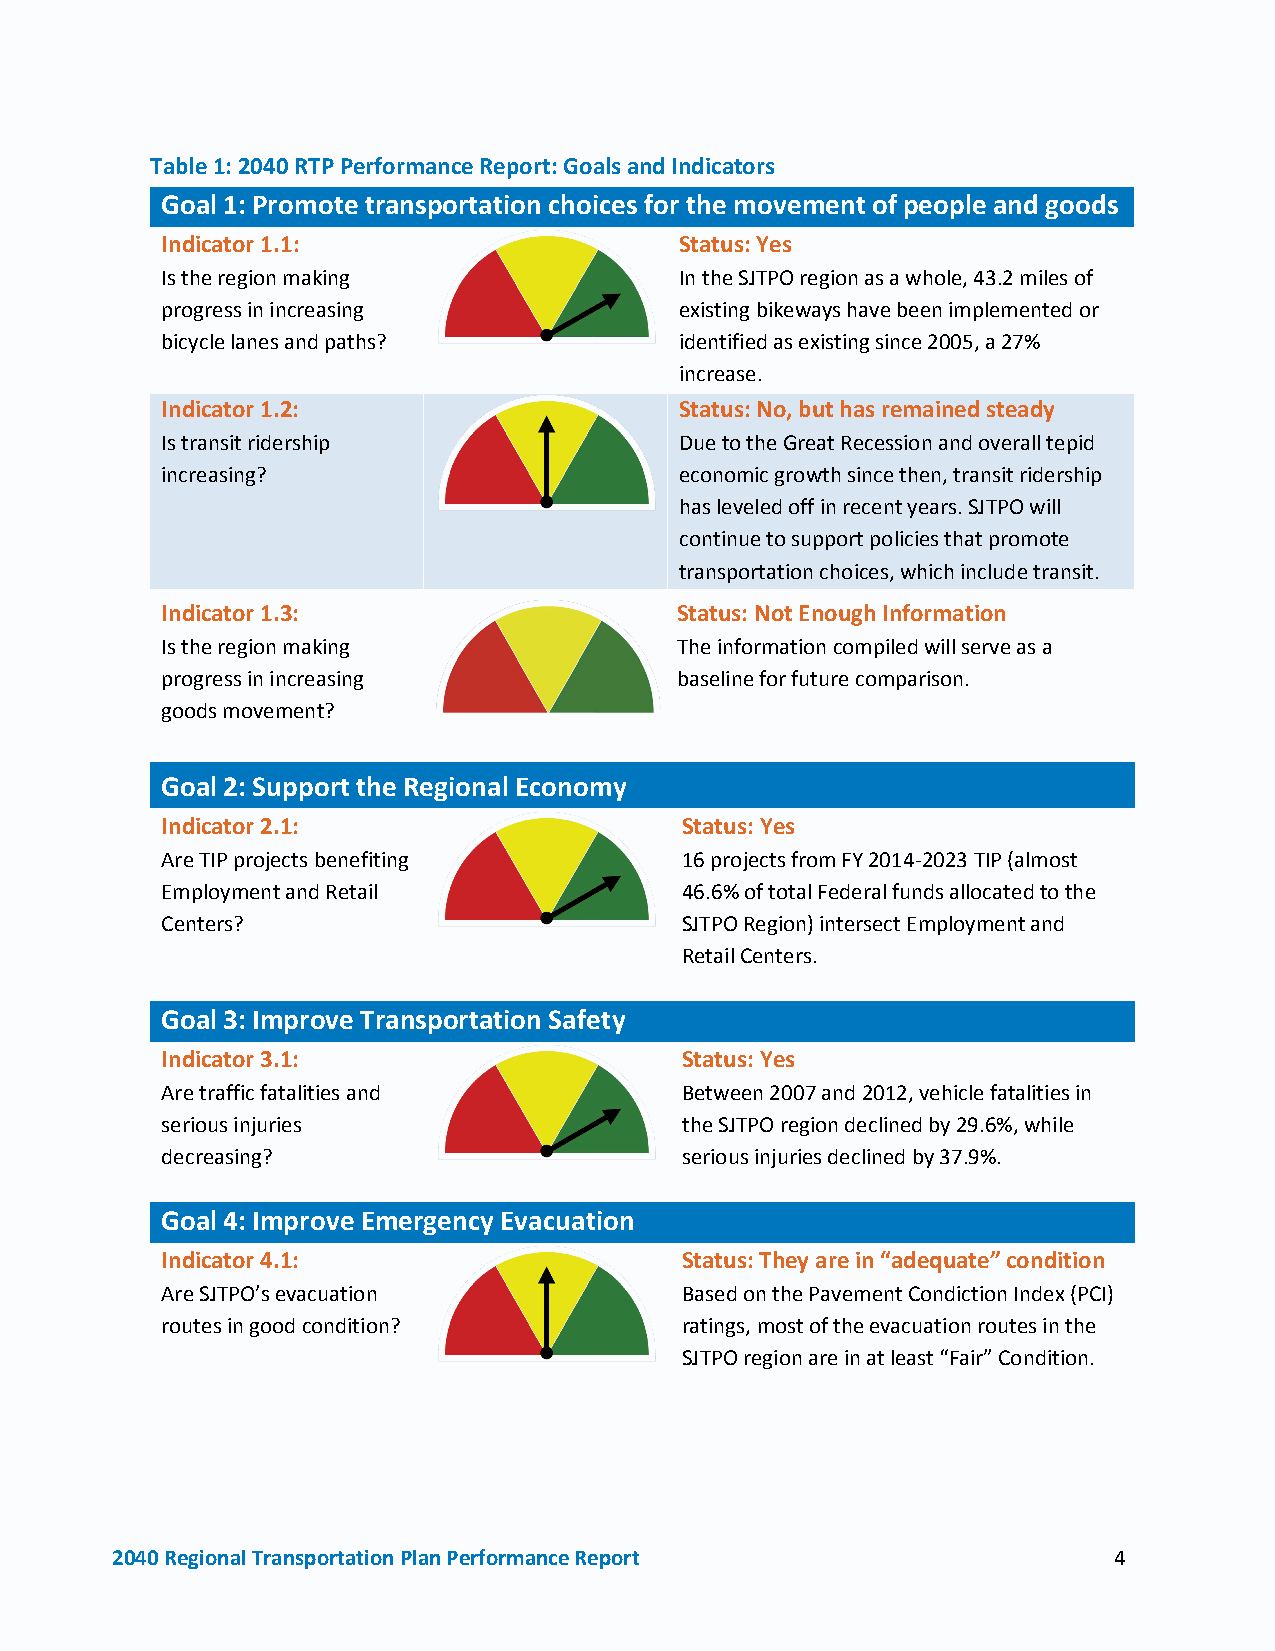
Table 1: 2040 RTP Performance Report: Goals and Indicators
 Goal 1: Promote transportation choices for the movement of people and goods
 Indicator 1.1:                    Status: Yes
 Is the region making              In the SJTPO region as a whole, 43.2 miles of
 progress in increasing            existing bikeways have been implemented or
 bicycle lanes and paths?          identified as existing since 2005, a 27%
 increase.
 Indicator 1.2:                    Status: No, but has remained steady
 Is transit ridership              Due to the Great Recession and overall tepid
 increasing?                       economic growth since then, transit ridership
 has leveled off in recent years. SJTPO will
 continue to support policies that promote
 transportation choices, which include transit.
 Indicator 1.3:                    Status: Not Enough Information
 Is the region making              The information compiled will serve as a
 progress in increasing            baseline for future comparison.
 goods movement?
 Goal 2: Support the Regional Economy
 Indicator 2.1:                    Status: Yes
 Are TIP projects benefiting       16 projects from FY 2014-2023 TIP (almost
 Employment and Retail             46.6% of total Federal funds allocated to the
 Centers?                          SJTPO Region) intersect Employment and
 Retail Centers.
 Goal 3: Improve Transportation Safety
 Indicator 3.1:                    Status: Yes
 Are traffic fatalities and        Between 2007 and 2012, vehicle fatalities in
 serious injuries                  the SJTPO region declined by 29.6%, while
 decreasing?                       serious injuries declined by 37.9%.
 Goal 4: Improve Emergency Evacuation
 Indicator 4.1:                    Status: They are in “adequate” condition
 Are SJTPO’s evacuation            Based on the Pavement Condiction Index (PCI)
 routes in good condition?         ratings, most of the evacuation routes in the
 SJTPO region are in at least “Fair” Condition.
 2040 Regional Transportation Plan Performance Report               4